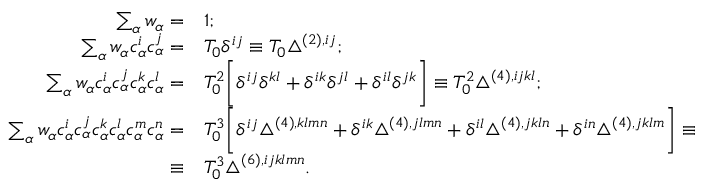
\begin{array} { r l } { \sum _ { \alpha } w _ { \alpha } = } & { 1 ; } \\ { \sum _ { \alpha } w _ { \alpha } c _ { \alpha } ^ { i } c _ { \alpha } ^ { j } = } & { T _ { 0 } \delta ^ { i j } \equiv T _ { 0 } \triangle ^ { ( 2 ) , i j } ; } \\ { \sum _ { \alpha } w _ { \alpha } c _ { \alpha } ^ { i } c _ { \alpha } ^ { j } c _ { \alpha } ^ { k } c _ { \alpha } ^ { l } = } & { T _ { 0 } ^ { 2 } \bigg [ \delta ^ { i j } \delta ^ { k l } + \delta ^ { i k } \delta ^ { j l } + \delta ^ { i l } \delta ^ { j k } \bigg ] \equiv T _ { 0 } ^ { 2 } \triangle ^ { ( 4 ) , i j k l } ; } \\ { \sum _ { \alpha } w _ { \alpha } c _ { \alpha } ^ { i } c _ { \alpha } ^ { j } c _ { \alpha } ^ { k } c _ { \alpha } ^ { l } c _ { \alpha } ^ { m } c _ { \alpha } ^ { n } = } & { T _ { 0 } ^ { 3 } \bigg [ \delta ^ { i j } \triangle ^ { ( 4 ) , k l m n } + \delta ^ { i k } \triangle ^ { ( 4 ) , j l m n } + \delta ^ { i l } \triangle ^ { ( 4 ) , j k l n } + \delta ^ { i n } \triangle ^ { ( 4 ) , j k l m } \bigg ] \equiv } \\ { \equiv } & { T _ { 0 } ^ { 3 } \triangle ^ { ( 6 ) , i j k l m n } . } \end{array}